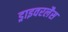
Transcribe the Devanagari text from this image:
ड्राइवरलैस